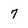
Character: 7